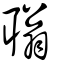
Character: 聬